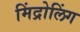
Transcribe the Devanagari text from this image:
मिंद्रोलिंग